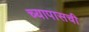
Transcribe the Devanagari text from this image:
च्यापासची